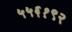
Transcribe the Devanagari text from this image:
५५६१९२